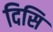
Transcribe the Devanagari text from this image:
दिसि